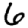
Digit: 6